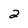
Character: 2